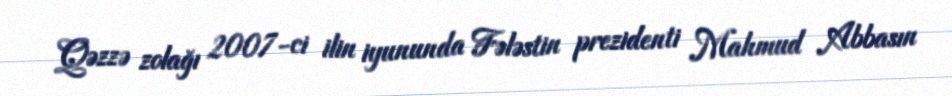
Qəzzə zolağı 2007-ci ilin iyununda Fələstin prezidenti Mahmud Abbasın